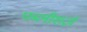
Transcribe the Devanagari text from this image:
पब्लीशर्ज़